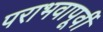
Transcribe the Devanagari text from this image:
पराभवापूर्वी